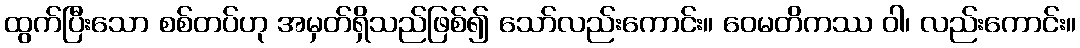
ထွက်ပြီးသော စစ်တပ်ဟု အမှတ်ရှိသည်ဖြစ်၍ သော်လည်းကောင်း။ ဝေမတိကဿ ဝါ၊ လည်းကောင်း။